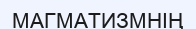
МАГМАТИЗМНІҢ